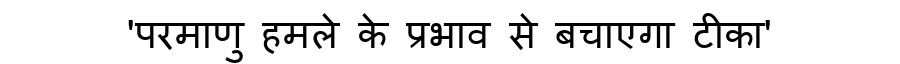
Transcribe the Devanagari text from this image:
'परमाणु हमले के प्रभाव से बचाएगा टीका'